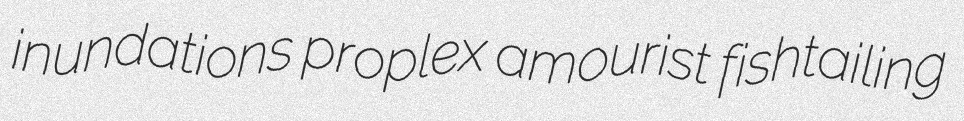
inundations proplex amourist fishtailing